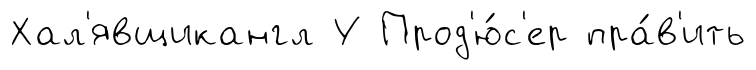
Хал'явщикангл У Прод'ю́с'ер пра́в'ить